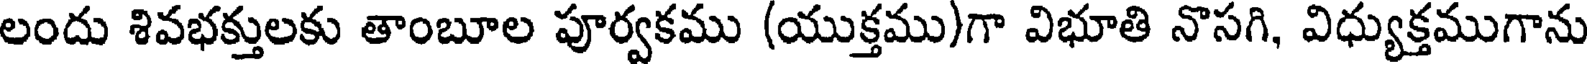
లందు శివభక్తులకు తాంబూల పూర్వకము (యుక్తము)గా విభూతి నొసగి, విధ్యుక్తముగాను